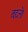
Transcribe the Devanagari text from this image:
वदने।